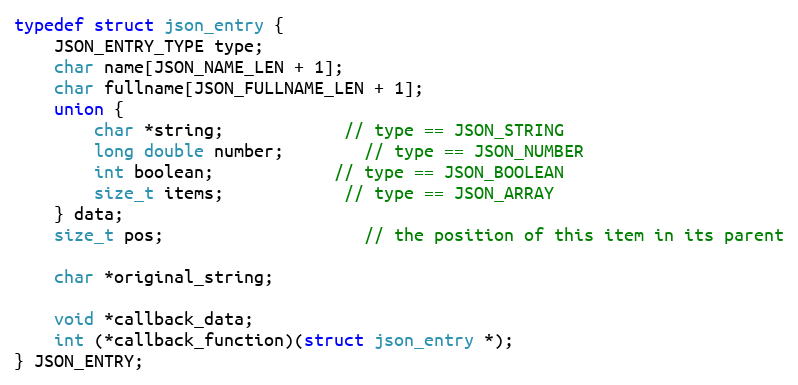
Language: C
typedef struct json_entry {
    JSON_ENTRY_TYPE type;
    char name[JSON_NAME_LEN + 1];
    char fullname[JSON_FULLNAME_LEN + 1];
    union {
        char *string;			// type == JSON_STRING
        long double number;		// type == JSON_NUMBER
        int boolean;			// type == JSON_BOOLEAN
        size_t items;			// type == JSON_ARRAY
    } data;
    size_t pos;					// the position of this item in its parent

    char *original_string;

    void *callback_data;
    int (*callback_function)(struct json_entry *);
} JSON_ENTRY;